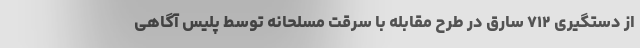
از دستگیری ۷۱۲ سارق در طرح مقابله با سرقت مسلحانه توسط پلیس آگاهی